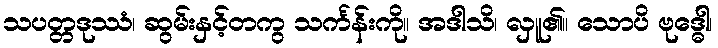
သပတ္တဒုဿံ၊ ဆွမ်းနှင့်တကွ သင်္ကန်းကို။ အဒါသိ၊ လှူ၏။ သောပိ ဗုဒ္ဓေါ၊